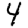
Digit: 4